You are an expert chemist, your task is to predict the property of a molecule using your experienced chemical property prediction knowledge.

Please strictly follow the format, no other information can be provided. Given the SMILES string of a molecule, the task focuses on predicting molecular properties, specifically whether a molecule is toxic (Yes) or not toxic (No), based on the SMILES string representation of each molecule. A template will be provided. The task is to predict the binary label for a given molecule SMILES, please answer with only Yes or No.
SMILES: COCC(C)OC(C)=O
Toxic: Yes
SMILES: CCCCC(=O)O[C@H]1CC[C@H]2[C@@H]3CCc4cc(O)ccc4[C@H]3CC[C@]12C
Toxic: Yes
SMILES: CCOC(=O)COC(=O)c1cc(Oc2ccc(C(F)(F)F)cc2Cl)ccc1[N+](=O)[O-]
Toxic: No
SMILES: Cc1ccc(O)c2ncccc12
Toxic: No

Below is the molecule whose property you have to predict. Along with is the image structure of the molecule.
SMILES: Cc1ccc(C=O)s1
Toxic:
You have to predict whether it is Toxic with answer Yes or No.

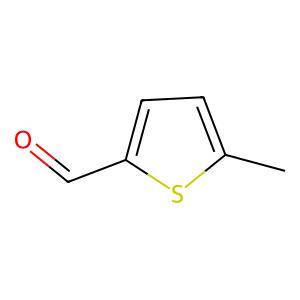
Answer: No